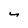
Character: y